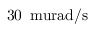
3 0 \, \mathrm { \ m u r a d / s }